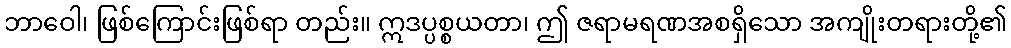
ဘာဝေါ၊ ဖြစ်ကြောင်းဖြစ်ရာ တည်း။ ဣဒပ္ပစ္စယတာ၊ ဤ ဇရာမရဏအစရှိသော အကျိုးတရားတို့၏